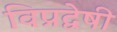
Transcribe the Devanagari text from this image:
विप्रद्वेषी